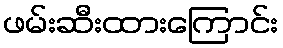
ဖမ်းဆီးထားကြောင်း